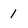
Character: 1